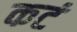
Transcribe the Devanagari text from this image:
कटं